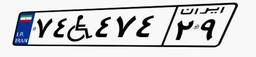
۵۷W۸۲۳۰۸